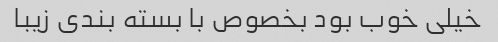
خیلی خوب بود بخصوص با بسته بندی زیبا